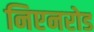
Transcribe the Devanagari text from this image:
निएनरोड